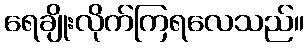
ရေချိုးလိုက်ကြရလေသည်။